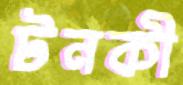
টনকী